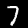
Digit: 7